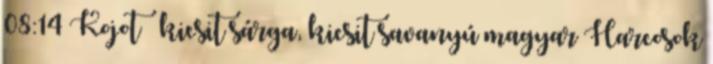
08:14 Kojot – kicsit sárga, kicsit savanyú magyar Harcosok